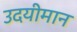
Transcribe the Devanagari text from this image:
उदयीमान